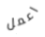
اعمل